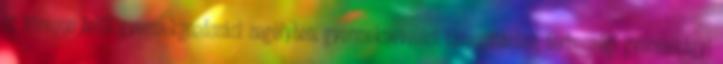
12 hónapon belül gyermekgondozási segélyben, gyermeknevelési támogatásban, terhességi gyermekágyi